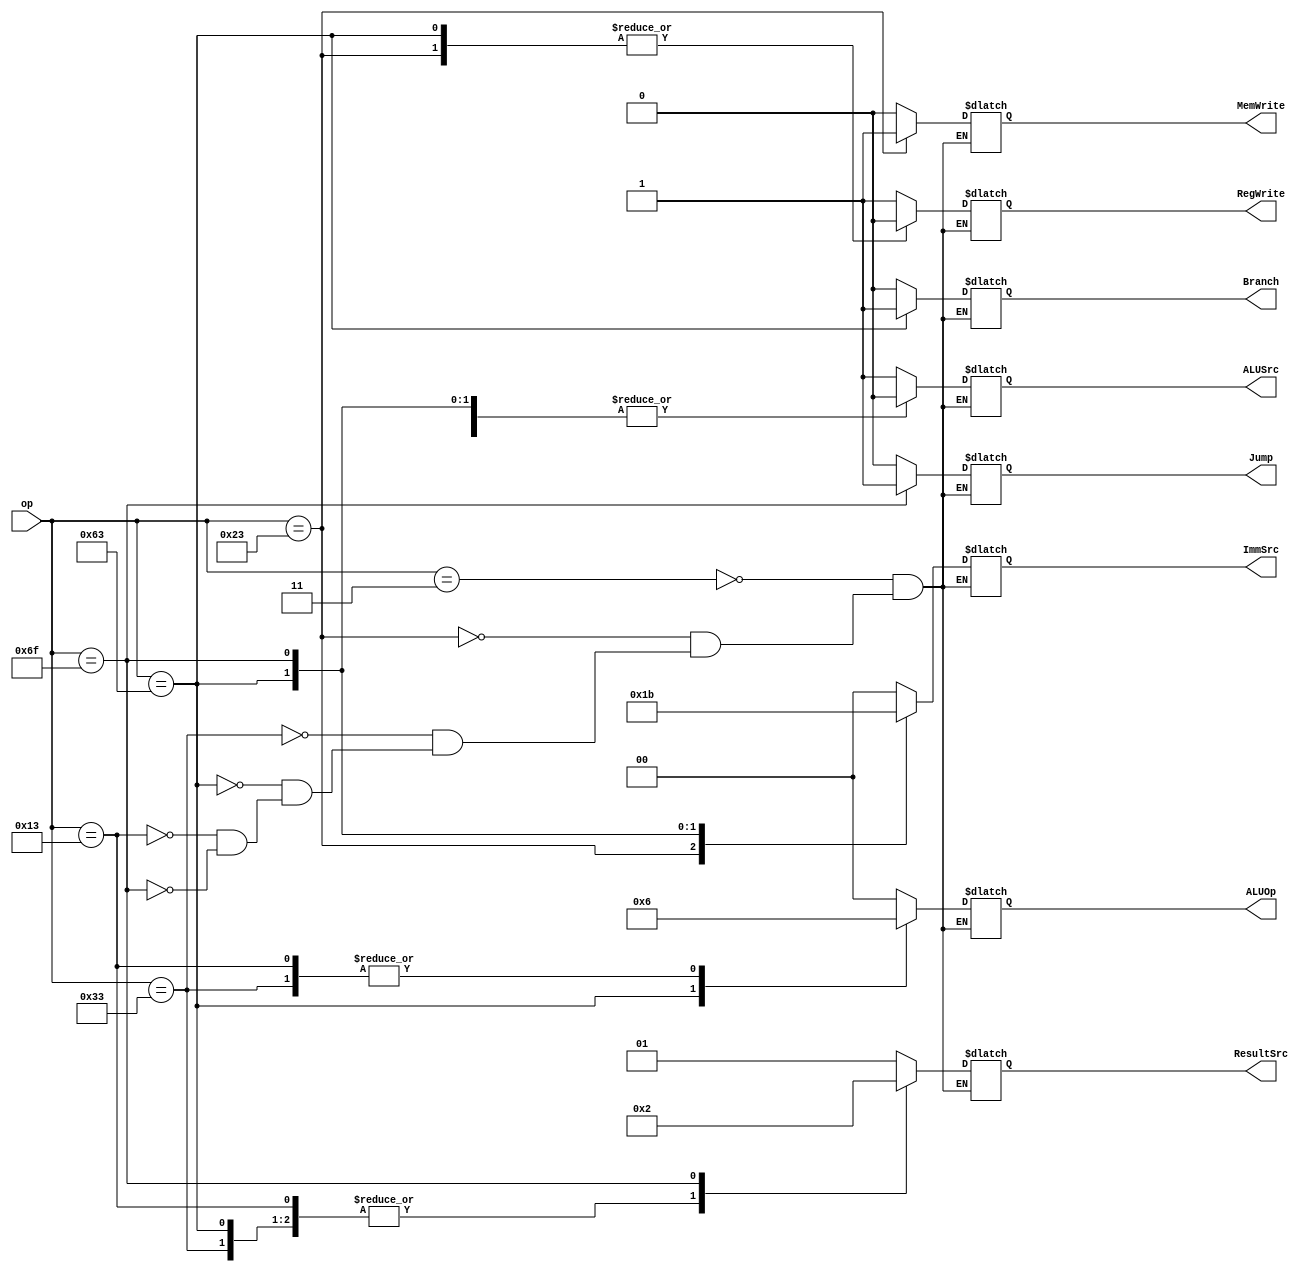
module maindec(input wire [6:0] op,
 output reg [1:0] ResultSrc,
 output reg MemWrite,
 output reg Branch, ALUSrc,
 output reg RegWrite, Jump,
 output reg [1:0] ImmSrc,
 output reg [1:0] ALUOp);
 always@(*)
 case(op)
 // RegWrite_ImmSrc_ALUSrc_MemWrite_ResultSrc_Branch_ALUOp_Jump
 7'b0000011: {RegWrite, ImmSrc, ALUSrc, MemWrite,ResultSrc, Branch, ALUOp, Jump} = 11'b1_00_1_0_01_0_00_0; // lw
 7'b0100011: {RegWrite, ImmSrc, ALUSrc, MemWrite,ResultSrc, Branch, ALUOp, Jump} = 11'b0_01_1_1_00_0_00_0; // sw
 7'b0110011: {RegWrite, ImmSrc, ALUSrc, MemWrite,ResultSrc, Branch, ALUOp, Jump} = 11'b1_xx_0_0_00_0_10_0; // R-type
 7'b1100011: {RegWrite, ImmSrc, ALUSrc, MemWrite,ResultSrc, Branch, ALUOp, Jump} = 11'b0_10_0_0_00_1_01_0; // beq
 7'b0010011: {RegWrite, ImmSrc, ALUSrc, MemWrite,ResultSrc, Branch, ALUOp, Jump} = 11'b1_00_1_0_00_0_10_0; // I-type ALU
 7'b1101111: {RegWrite, ImmSrc, ALUSrc, MemWrite,ResultSrc, Branch, ALUOp, Jump} = 11'b1_11_0_0_10_0_00_1; // jal
 endcase
endmodule